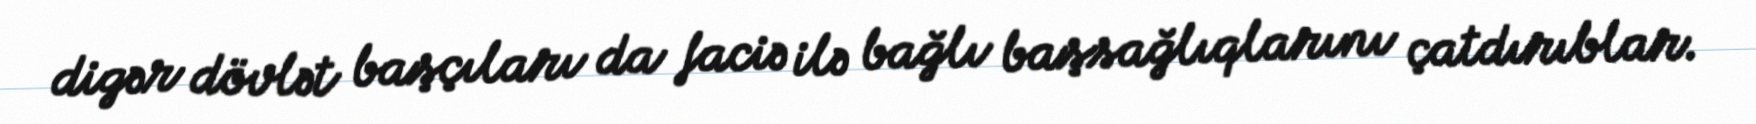
digər dövlət başçıları da faciə ilə bağlı başsağlıqlarını çatdırıblar.